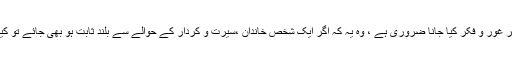
اس ضمن میں اصولی طور پر دوسری بات جس پر غور و فکر کیا جانا ضروری ہے ، وہ یہ کہ اگر ایک شخص خاندان ،سیرت و کردار کے حوالے سے بلند ثابت ہو بھی جائے تو کیا یہ اس کے دعویٰ نبوت کے ثبوت کو کافی ہے؟